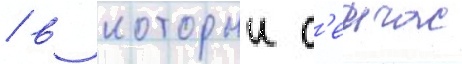
/ в которыи с'еичас